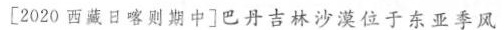
[2020西藏日喀则期中]巴丹吉林沙漠位子东亚季风